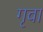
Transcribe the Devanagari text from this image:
गृवा